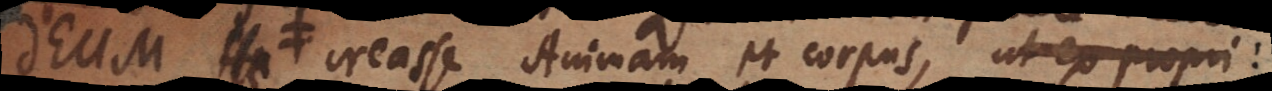
Deum creasse Animam et corpus, ut ex propri